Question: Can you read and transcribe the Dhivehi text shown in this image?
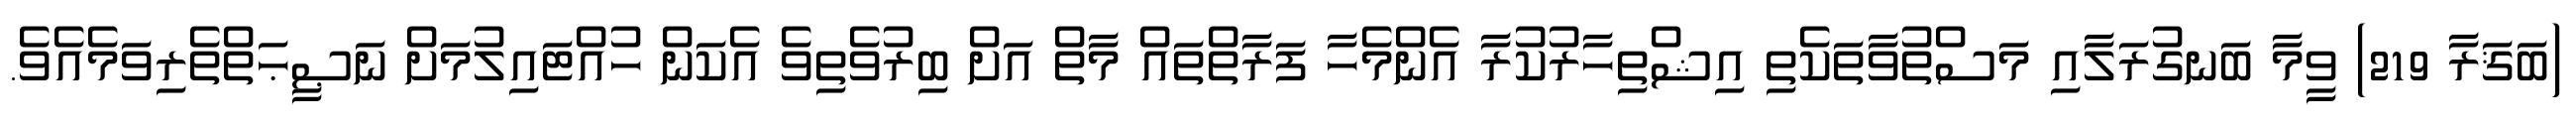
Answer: (ބަޤަރާ 219) ވީމާ ބަނގުރަލާއި މަސްތުވާތަކެތި އިޝްތިހާރުކުރާ އެންމެހާ ފަރާތްތައް މާތް އަށް ބިރުވެތިވެ އެކަން ހުއްޓައިލުމަށް ނަޞީޙަތްތެރިވަމެއެވެ.